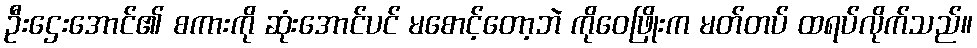
ဦးဌေးအောင်၏ စကားကို ဆုံးအောင်ပင် မစောင့်တော့ဘဲ ကိုဝေဖြိုးက မတ်တပ် ထရပ်လိုက်သည်။